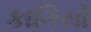
કાગિસો